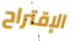
الإقتراح